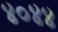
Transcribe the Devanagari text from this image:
४०४४